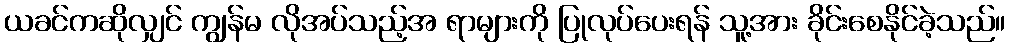
ယခင်ကဆိုလျှင် ကျွန်မ လိုအပ်သည့်အ ရာများကို ပြုလုပ်ပေးရန် သူ့အား ခိုင်းစေနိုင်ခဲ့သည်။